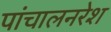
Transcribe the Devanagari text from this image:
पांचालनरेश